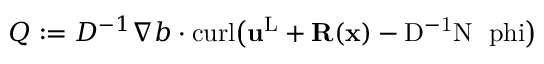
Q : = D ^ { - 1 } \nabla b \cdot \mathrm { c u r l \big ( { \mathbf { u } } ^ { L } + { \mathbf { R } } ( { \mathbf { x } } ) - D ^ { - 1 } N \nabla \ p h i \big ) }